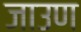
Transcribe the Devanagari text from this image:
जाउण